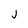
Character: j